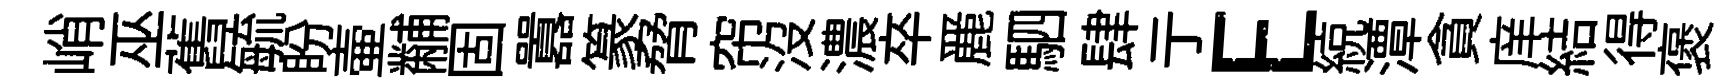
峭巫舊毓盼壷黼固囂篆脅帘沒濃卒䴡駟肆亍E綂潭貪庠結得褒